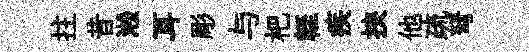
拄昔淞耳彫与杷輊疾挾他疏弩